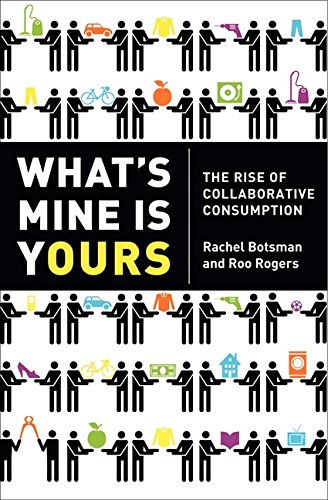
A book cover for What's Mine Is Yours: The Rise of Collaborative Consumption; Rachel Botsman; Business & Money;